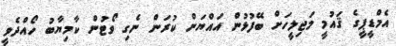
އެމްޑީޕީގެ ޤައުމީ މަޖިލީހަށް ބޭފުޅުން އައްޔަން ކުރަން ނެގި ވޯޓުން ކާމިޔާބު ހޯއްދެވީ